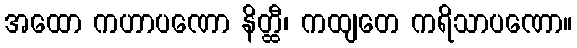
အထော ကဟာပဏော နိတ္ထီ၊ ကထျတေ ကရိသာပဏော။